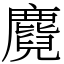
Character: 麑